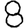
Digit: 8